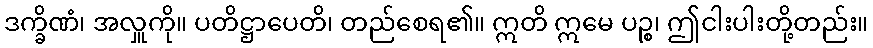
ဒက္ခိဏံ၊ အလှူကို။ ပတိဋ္ဌာပေတိ၊ တည်စေရ၏။ ဣတိ ဣမေ ပဉ္စ၊ ဤငါးပါးတို့တည်း။